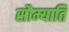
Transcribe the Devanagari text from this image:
सौम्याति